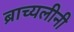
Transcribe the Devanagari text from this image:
ब्राच्यलीनी